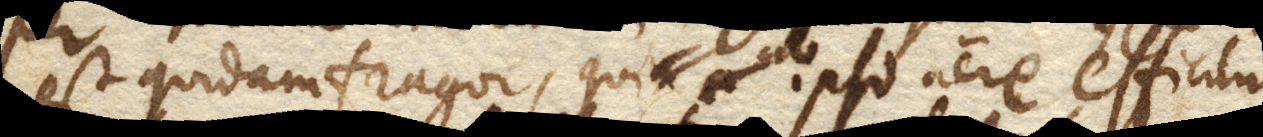
est quidam fragor, qui ab ipso aere efficitur,